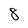
Character: 8